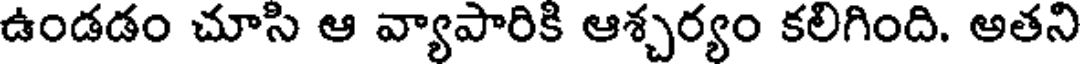
ఉండడం చూసి ఆ వ్యాపారికి ఆశ్చర్యం కలిగింది. అతని